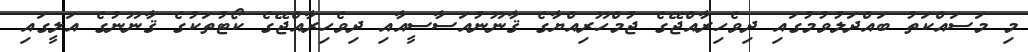
މި މަސައްކަތު ބައްދަލުވުމުގައި ދިވެހިރާއްޖޭގެ ޖުމްހޫރިއްޔާގެ ޤާނޫނުއަސާސީއާއި ދިވެހިރާއްޖޭގެ ކޯޓުތަކުގެ ޤާނޫނުގެ އަލީގައި